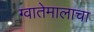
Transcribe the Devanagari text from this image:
ग्वातेमालाचा